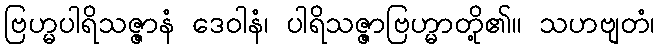
ဗြဟ္မပါရိသဇ္ဇာနံ ဒေဝါနံ၊ ပါရိသဇ္ဇာဗြဟ္မာတို့၏။ သဟဗျတံ၊